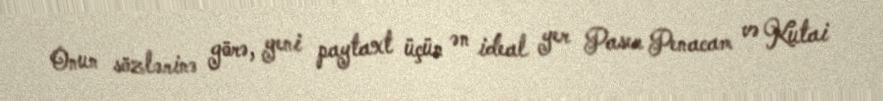
Onun sözlərinə görə, yeni paytaxt üçün ən ideal yer Paser Penacam və Kutai